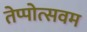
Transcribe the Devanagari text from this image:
तेप्पोत्सवम